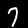
Label: 7